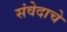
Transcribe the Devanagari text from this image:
संवेदाचे